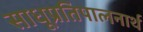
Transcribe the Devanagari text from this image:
साधूप्रतिपालनार्थ